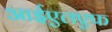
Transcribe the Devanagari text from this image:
आईएलएफ